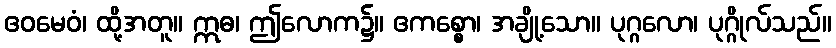
ဧဝမေဝံ၊ ထို့အတူ။ ဣဓ၊ ဤလောက၌။ ဧကစ္စော၊ အချို့သော။ ပုဂ္ဂလော၊ ပုဂ္ဂိုလ်သည်။